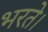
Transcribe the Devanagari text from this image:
भरते।